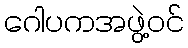
ဂေါပကအဖွဲ့ဝင်